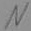
Text: N